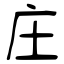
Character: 庄